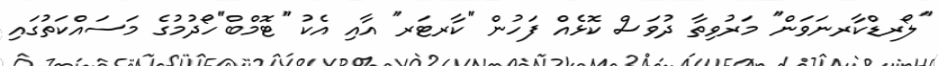
''ލޯރޑްކާރނަވަން'' މަރުވިތާ ދުވަސް ކޮޅެއް ފަހުން ''ކާރޓަރ'' އާއި އެކު ''ޓޮމްބް''ހޯދުމުގެ މަސައްކަތުގައި